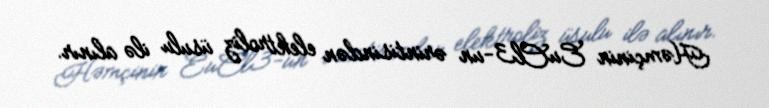
Həmçinin EuCl3-un ərintisindən elektroliz üsulu ilə alınır.